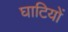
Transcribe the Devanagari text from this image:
घाटियों